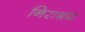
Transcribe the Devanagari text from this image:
निराश्रय